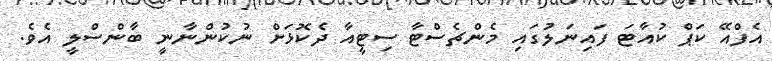
އެފްއޭ ކަޕް ކުއާޓަ ފައިނަލުގައި މެންޗެސްޓާ ސިޓީއާ ދެކޮޅަށް ނުކުންނާނީ ބާންސްލީ އެވެ.